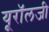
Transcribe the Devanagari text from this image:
यूरॉलजी